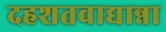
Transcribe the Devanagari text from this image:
दहशतवाद्यान्ना